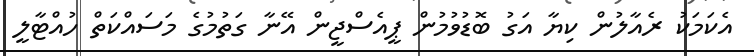
އެކަމަކު ރެއާލުން ކިޔާ އަގު ބޮޑުވުމުން ޕީއެސްޖީން އޭނާ ގަތުމުގެ މަސައްކަތް ހުއްޓާލީ